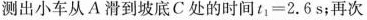
测出小车从A滑到坡底C处的时间$$t _ { 1 } = 2 . 6 s$$；再次